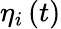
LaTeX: \eta_{i}\left(t\right)